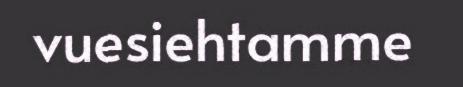
vuesiehtamme